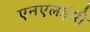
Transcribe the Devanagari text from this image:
एनएलईपी